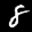
Label: 8